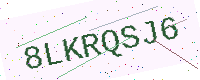
Text: 8LKRQSJ6